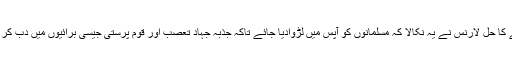
اس مسئلے کا حل لارنس نے یہ نکالا کہ مسلمانوں کو آپس میں لڑوادیا جائے تاکہ جذبۂ جہاد تعصب اور قوم پرستی جیسی برائیوں میں دب کر رہ جائے۔